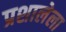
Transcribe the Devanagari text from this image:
प्रशालेला